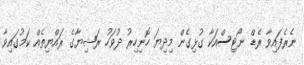
ނެރެފައިވާ ރެޑް ނޯޓިސްއަކާ ގުޅިގެން މިދިޔަ ހޮނިހިރު ދުވަހު ރަޝިޔާގެ ރައްޔިތެއް ކަމުގައިވާ